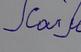
Signature authenticity: forged